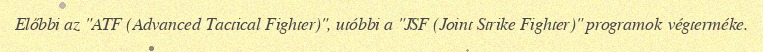
Előbbi az "ATF (Advanced Tactical Fighter)", utóbbi a "JSF (Joint Strike Fighter)" programok végterméke.